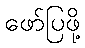
ဖော်ပြဖို့